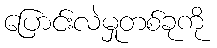
ပြောင်းလဲမှုတစ်ခုကို